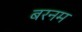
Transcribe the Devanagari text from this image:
बरनम